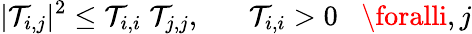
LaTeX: |\mathcal{T}_{i,j}|^{2}\leq\mathcal{T}_{i,i}\; \mathcal{T}_{j,j},\; \; \; \; \; \; \mathcal{T}_{i,i}>0\; \; \; \foralli,j